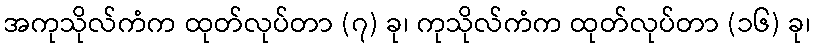
အကုသိုလ်ကံက ထုတ်လုပ်တာ (၇) ခု၊ ကုသိုလ်ကံက ထုတ်လုပ်တာ (၁၆) ခု၊